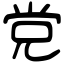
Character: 党